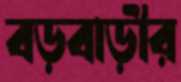
বড়বাড়ীর